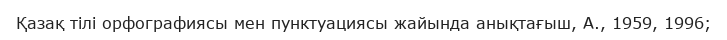
Қазақ тілі орфографиясы мен пунктуациясы жайында анықтағыш, А., 1959, 1996;